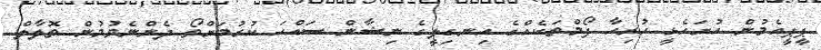
ޕީޕީއެމުން ހުށަހެޅީ ހުރިހާ ފޯމްތަކެއްގެ އިނގިލީގެ ނިޝާން ސައްހަ ކުރުމަށްތޯ ދެންނެވުމުން ތޮލާލް